Problem: 28 + 10 = ?
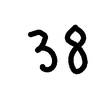
Handwritten answer: 38